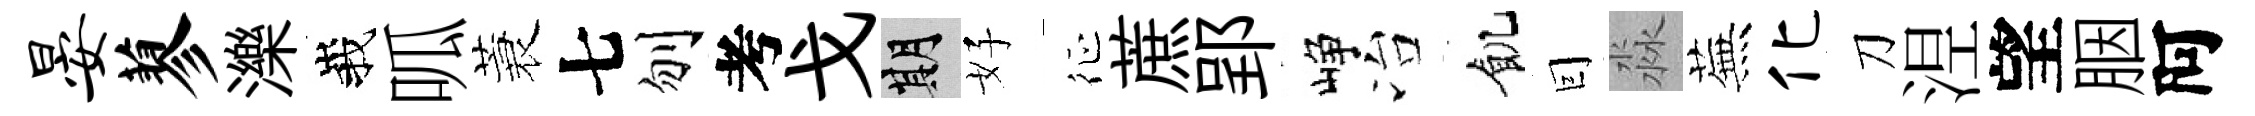
晏蓼濼峩呱蓑七刎考戈期好征蔗郢峥冶飢囙淼蕪化刀𣵀望胭阿